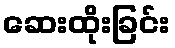
ဆေးထိုးခြင်း